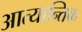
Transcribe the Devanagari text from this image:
आत्यान्तिक